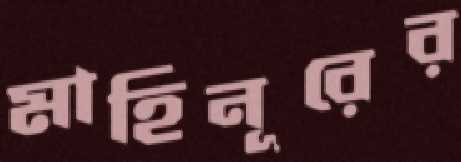
মাহিনূরের